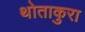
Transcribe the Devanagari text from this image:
थोताकुरा